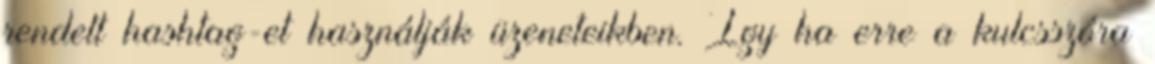
rendelt hashtag-et használják üzeneteikben. Így ha erre a kulcsszóra